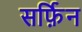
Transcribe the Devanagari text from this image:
सर्फ़िन